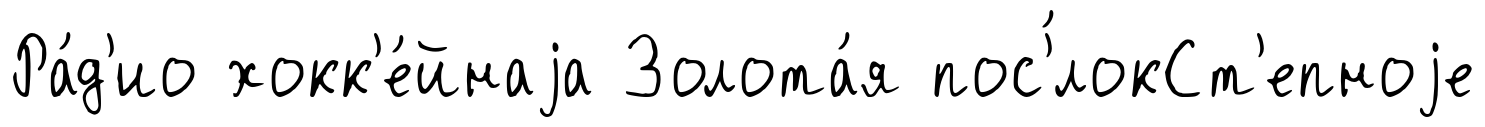
Ра́д'ио хокк'е́йнаjа Золота́я пос'́локСт'епноjе